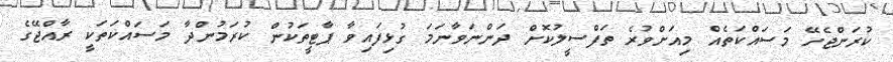
ކުރަންޖެހޭ މަސައްކަތެއް މިއަށްވުރެ ތަފްސީލުކޮށް ދަންނަވާނަމަ ގުޅިފައިވާ ޕާޓީތަކުން ކުރަމުންދާ މަސައްކަތަކީ ރާއްޖޭގެ